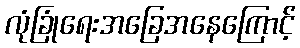
လုံခြုံရေးအခြေအနေကြောင့်